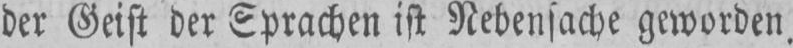
der Geist der Sprachen ist Nebensache geworden.